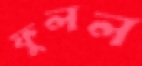
ফুলল